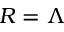
R = \Lambda